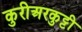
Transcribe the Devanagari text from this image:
कुरीअरकुट्टी